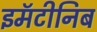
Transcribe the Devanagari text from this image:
इमॅटीनिब